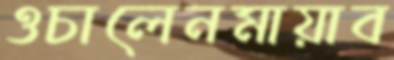
ওচালেনমায়াব